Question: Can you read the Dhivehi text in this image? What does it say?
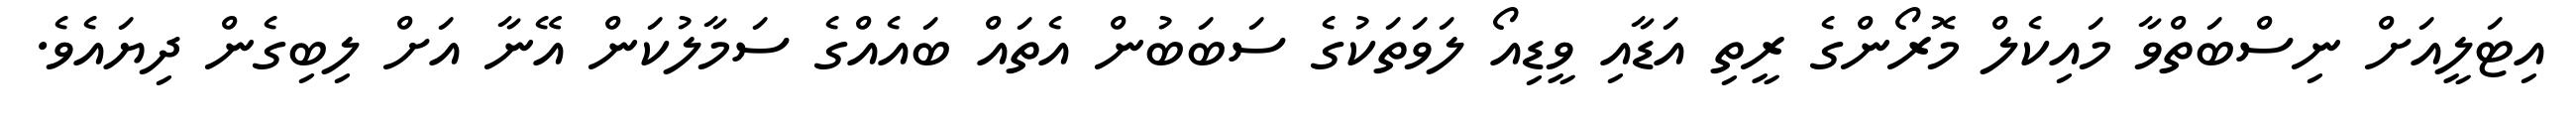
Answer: އިޓަލީއަށް ނިސްބަތްވާ މައިކެލް މޮރޯންގެ ރީތި އަޑާއި ވީޑިއޯ ލަވަތަކުގެ ސަބަބުން އެތައް ބައެއްގެ ސަމާލުކަން އޭނާ އަށް ލިބިގެން ދިޔައެވެ.